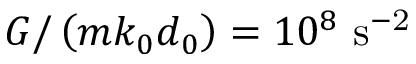
G / \left( m k _ { 0 } d _ { 0 } \right) = 1 0 ^ { 8 } ~ \mathrm { s ^ { - 2 } }